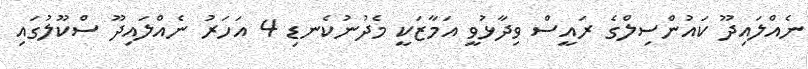
ނެއްލައިދޫ ކައުންސިލްގެ ރައީސް ވިދާޅުވީ އަމާޒަކީ މެދުނުކެނޑި 4 އަހަރު ނެއްލައިދޫ ސްކޫލުގައި